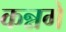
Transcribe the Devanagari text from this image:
कन्नगे